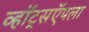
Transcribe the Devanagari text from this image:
व्हॉट्सऍपला